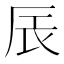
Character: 𮝾